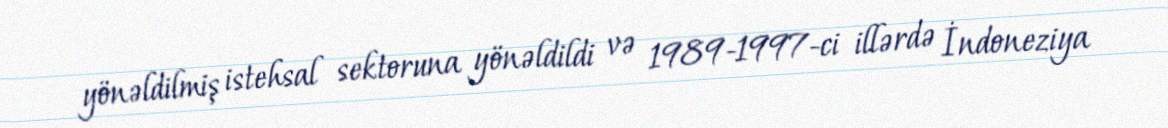
yönəldilmiş istehsal sektoruna yönəldildi və 1989-1997-ci illərdə İndoneziya